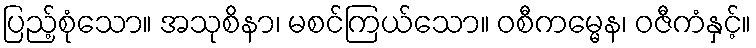
ပြည့်စုံသော။ အသုစိနာ၊ မစင်ကြယ်သော။ ဝစီကမ္မေန၊ ဝဇီကံနှင့်။